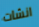
انشات